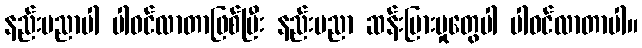
နည်းပညာပါ ပါဝင်လာတာဖြစ်ပြီး နည်းပညာ ဆန်းပြားမှုတွေပါ ပါဝင်လာတာပါ။